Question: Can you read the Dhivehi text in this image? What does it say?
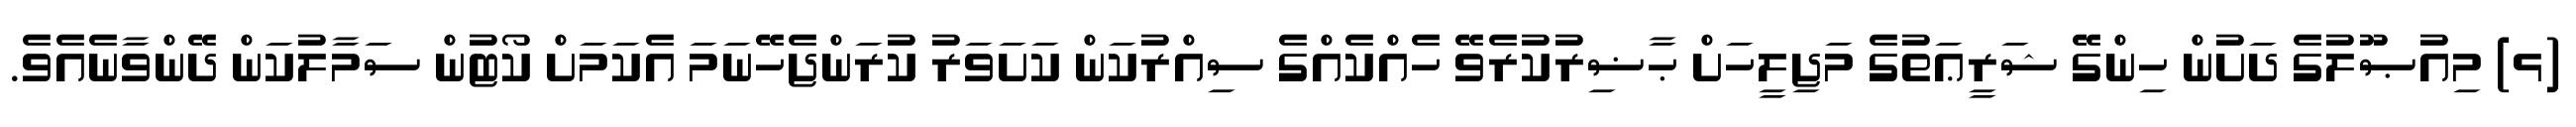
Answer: (ޅ) މިއުޞޫލުގެ ދަށުން ހިންގޭ ޝަރީޢަތުގެ މަޖިލީހަށް ޙާޟިރުކުރެވޭ ހެއްކެއްގެ ސިއްރުކަން ކަށަވަރު ކުރަންޖެހޭނަމަ އެކަމަށް ކޯޓުން ސަމާލުކަން ދޭންވާނެއެވެ.